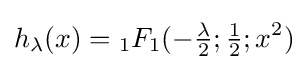
h_{\lambda }(x)={}_{1}F_{1}(-{\tfrac {\lambda }{2}};{\tfrac {1}{2}};x^{2})